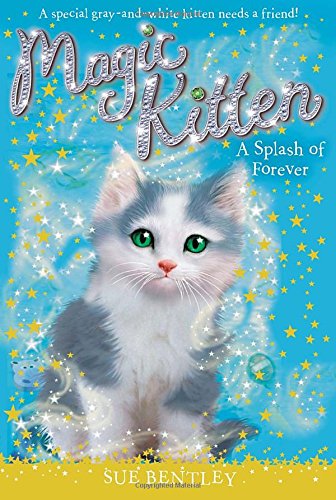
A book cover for A Splash of Forever #14 (Magic Kitten); Sue Bentley; Children's Books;